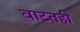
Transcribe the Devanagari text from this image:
वाटतही